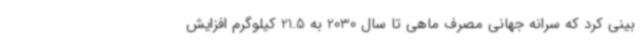
بینی کرد که سرانه جهانی مصرف ماهی تا سال 2030 به 21.5 کیلوگرم افزایش